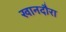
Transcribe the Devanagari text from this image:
खानदौरा